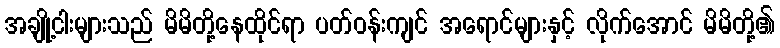
အချို့ငါးများသည် မိမိတို့နေထိုင်ရာ ပတ်ဝန်းကျင် အရောင်များနှင့် လိုက်အောင် မိမိတို့၏